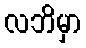
လဘိမှာ